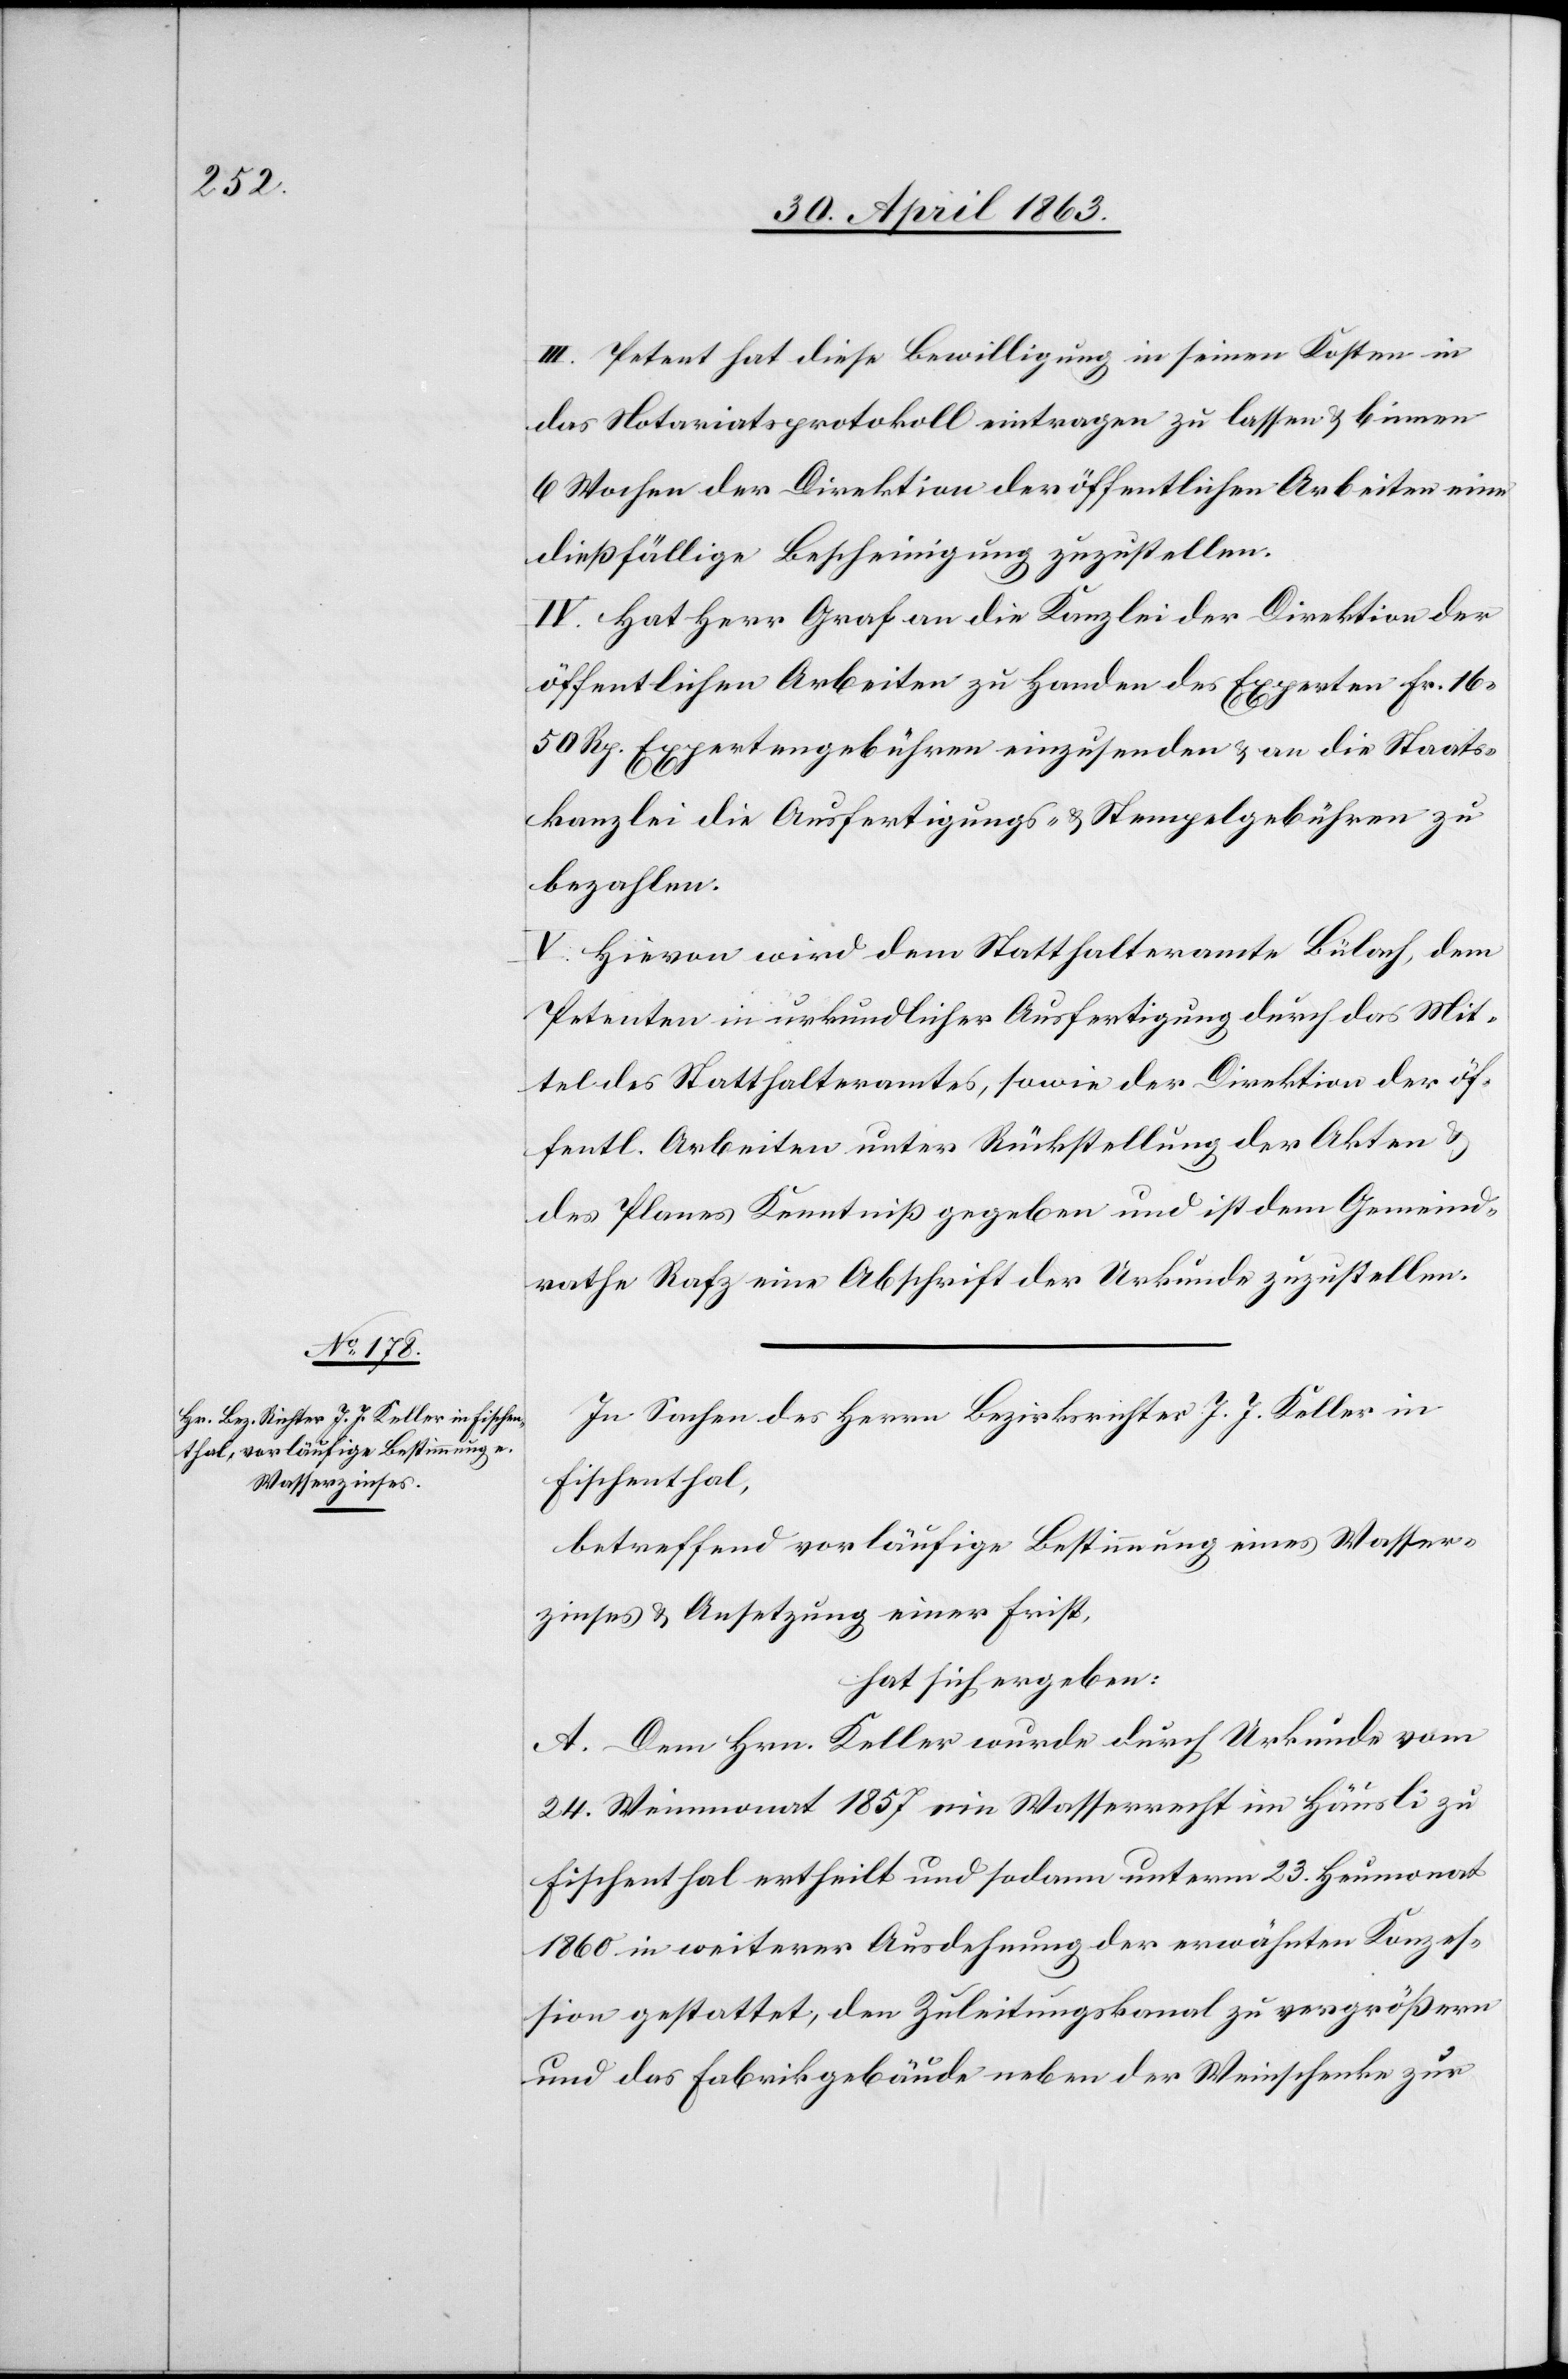
III. Petent hat diese Bewilligung in seinen Kosten in
das Notariatsprotokoll eintragen zu lassen & binnen
6 Wochen der Direktion der öffentlichen Arbeiten eine
dießfällige Bescheinigung zuzustellen.
IV. Hat Herr Graf an die Kanzlei der Direktion der
öffentlichen Arbeiten zu Handen des Experten Fr. 16.
50 Rp. Expertengebühren einzusenden & an die Staats¬
kanzlei die Ausfertigungs- & Stempelgebühren zu
bezahlen.
V. Hievon wird dem Statthalteramte Bülach, dem
Petenten in urkundlicher Ausfertigung durch das Mit¬
tel des Statthalteramtes, sowie der Direktion der öf¬
fentlichen Arbeiten unter Rückstellung der Akten &
des Planes Kenntniß gegeben und ist dem Gemeind¬
rathe Rafz eine Abschrift der Urkunde zuzustellen.
In Sachen des Herrn Bezirksrichter J. J. Keller in
Fischenthal,
betreffend vorläufige Bestimmung eines Wasser¬
zinses & Ansetzung einer Frist,
hat sich ergeben:
A. Dem Hrn. Keller wurde durch Urkunde vom
24. Weinmonat 1857 ein Wasserrecht im Häusli zu
Fischenthal ertheilt und sodann unterm 23. Heumonat
1860 in weiterer Ausdehnung der erwähnten Konzes¬
sion gestattet, den Zuleitungskanal zu vergrößern
und das Fabrikgebäude neben der Weinschenke zur